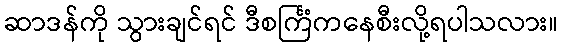
ဆာဒန်ကို သွားချင်ရင် ဒီစင်္ကြံကနေစီးလို့ရပါသလား။